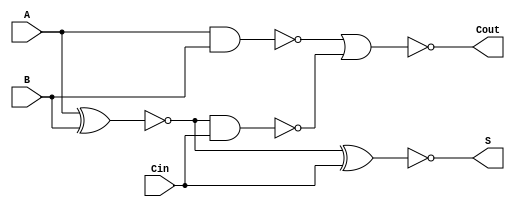
module NegativeCircuitFullAdder (
    input wire A,    // First input bit
    input wire B,    // Second input bit
    input wire Cin,  // Carry input bit
    output wire S,   // Sum output bit
    output wire Cout // Carry output bit
);

    // Intermediate signals for calculations
    wire A_xor_B;       // A XOR B
    wire A_and_B;       // A AND B
    wire A_xor_B_and_Cin; // (A XOR B) AND Cin
    wire sum_temp;      // Intermediate sum output
    wire carry_temp;    // Intermediate carry output

    // Compute A XOR B
    assign A_xor_B = ~(A ^ B); // Inverted XOR for negative logic

    // Compute A AND B
    assign A_and_B = ~(A & B); // Inverted AND for negative logic

    // Compute (A XOR B) AND Cin
    assign A_xor_B_and_Cin = ~(A_xor_B & Cin); // Inverted AND for negative logic

    // Compute the inverted sum
    assign sum_temp = ~(A_xor_B ^ Cin); // S = NOT((A XOR B) XOR Cin)
    
    // Compute the carry output
    assign carry_temp = ~(A_and_B | A_xor_B_and_Cin); // Cout = NOT((A AND B) OR ((A XOR B) AND Cin))

    // Assign final outputs
    assign S = sum_temp;   // Assigning the final inverted sum to output
    assign Cout = carry_temp; // Assigning the final inverted carry to output

endmodule